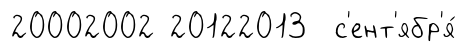
20002002 20122013 с'ент'ябр'я́